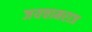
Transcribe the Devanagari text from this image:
जयचामराज